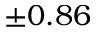
± 0 . 8 6